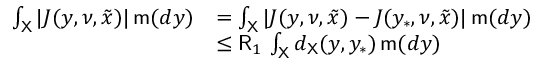
\begin{array} { r l } { \int _ { { \mathsf X } } | J ( y , \nu , { \tilde { x } } ) | \, \mathsf { m } ( d y ) } & { = \int _ { { \mathsf X } } | J ( y , \nu , { \tilde { x } } ) - J ( y _ { * } , \nu , { \tilde { x } } ) | \, \mathsf { m } ( d y ) } \\ & { \leq \mathsf { R } _ { 1 } \, \int _ { { \mathsf X } } d _ { { \mathsf X } } ( y , y _ { * } ) \, \mathsf { m } ( d y ) } \end{array}